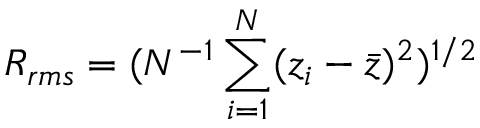
R _ { r m s } = ( N ^ { - 1 } \sum _ { i = 1 } ^ { N } ( z _ { i } - \bar { z } ) ^ { 2 } ) ^ { 1 / 2 }